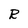
Character: R